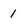
Character: 1